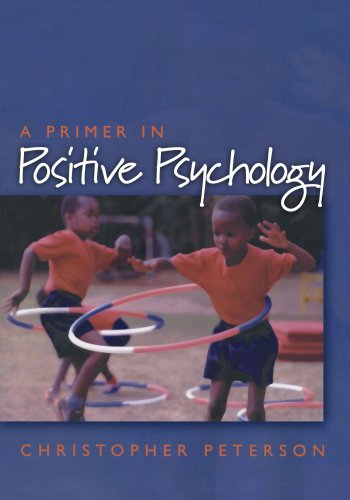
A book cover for A Primer in Positive Psychology (Oxford Positive Psychology Series); Christopher Peterson; Medical Books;